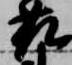
藤